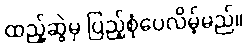
ထည့်ဆွဲမှ ပြည့်စုံပေလိမ့်မည်။